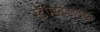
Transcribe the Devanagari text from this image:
स्टॅण्डर्डडाईझ